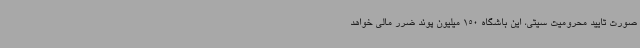
صورت تایید محرومیت سیتی، این باشگاه 150 میلیون پوند ضرر مالی خواهد